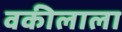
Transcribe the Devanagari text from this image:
वकीलाला